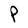
Character: P